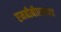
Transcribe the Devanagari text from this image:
एमबीबीएसच्या